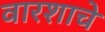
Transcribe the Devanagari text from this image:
वारशाचे